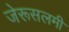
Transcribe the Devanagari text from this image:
जेरूसलमी